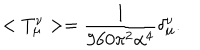
< T _ { \mu } ^ { \nu } > = \frac { 1 } { 9 6 0 \pi ^ { 2 } \alpha ^ { 4 } } \delta _ { \mu } ^ { \nu } .